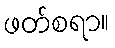
ဖတ်စရာ။